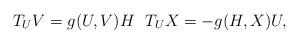
LaTeX: \begin{align*}T_U V = g(U,V)H ~~ T_U X= -g(H, X)U,\end{align*}